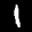
Label: 1